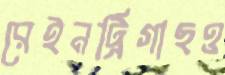
রেইনট্রিগাছও